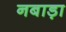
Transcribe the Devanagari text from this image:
नबाड़ा